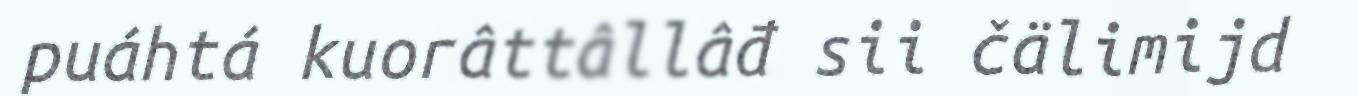
puáhtá kuorâttâllâđ sii čälimijd